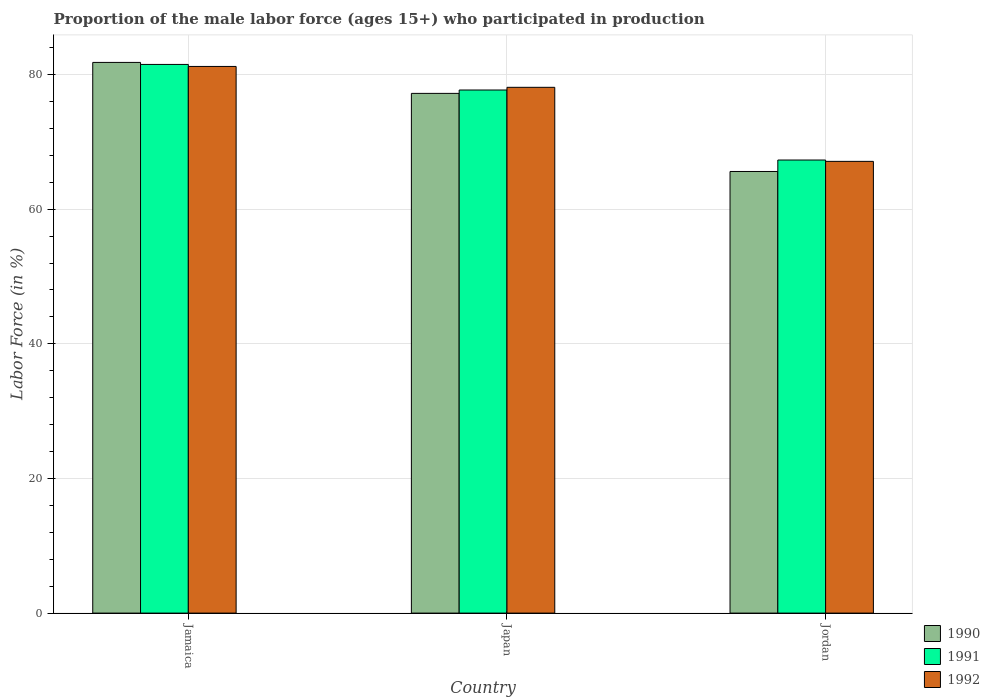
| Country | 1990 | 1991 | 1992 |
 | --- | --- | --- | --- |
 | Jamaica | 81.8 | 81.5 | 81.2 |
 | Japan | 77.2 | 77.7 | 78.1 |
 | Jordan | 65.6 | 67.3 | 67.1 |